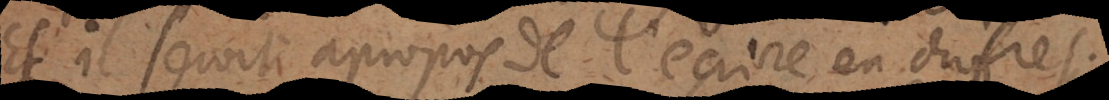
(Et il seroit à propos de l’ecrire en chiffres.)